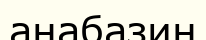
анабазин